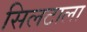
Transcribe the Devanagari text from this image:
सिलटाला